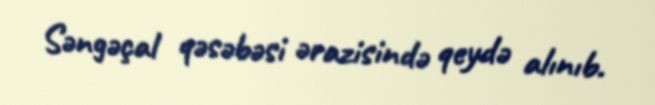
Səngəçal qəsəbəsi ərazisində qeydə alınıb.